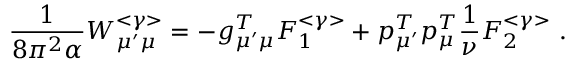
\frac { 1 } { 8 \pi ^ { 2 } \alpha } W _ { \mu ^ { \prime } \mu } ^ { < \gamma > } = - g _ { \mu ^ { \prime } \mu } ^ { T } F _ { 1 } ^ { < \gamma > } + p _ { \mu ^ { \prime } } ^ { T } p _ { \mu } ^ { T } \frac { 1 } { \nu } F _ { 2 } ^ { < \gamma > } \ .